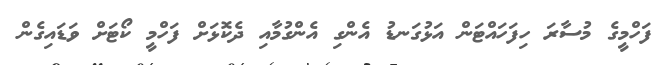
ފަހްމީގެ މުސާރަ ހިފަހައްޓަން އަޅުގަނޑު އެންގި އެންގުމާއި ދެކޮޅަށް ފަހްމީ ކޯޓަށް ވަޑައިގެން